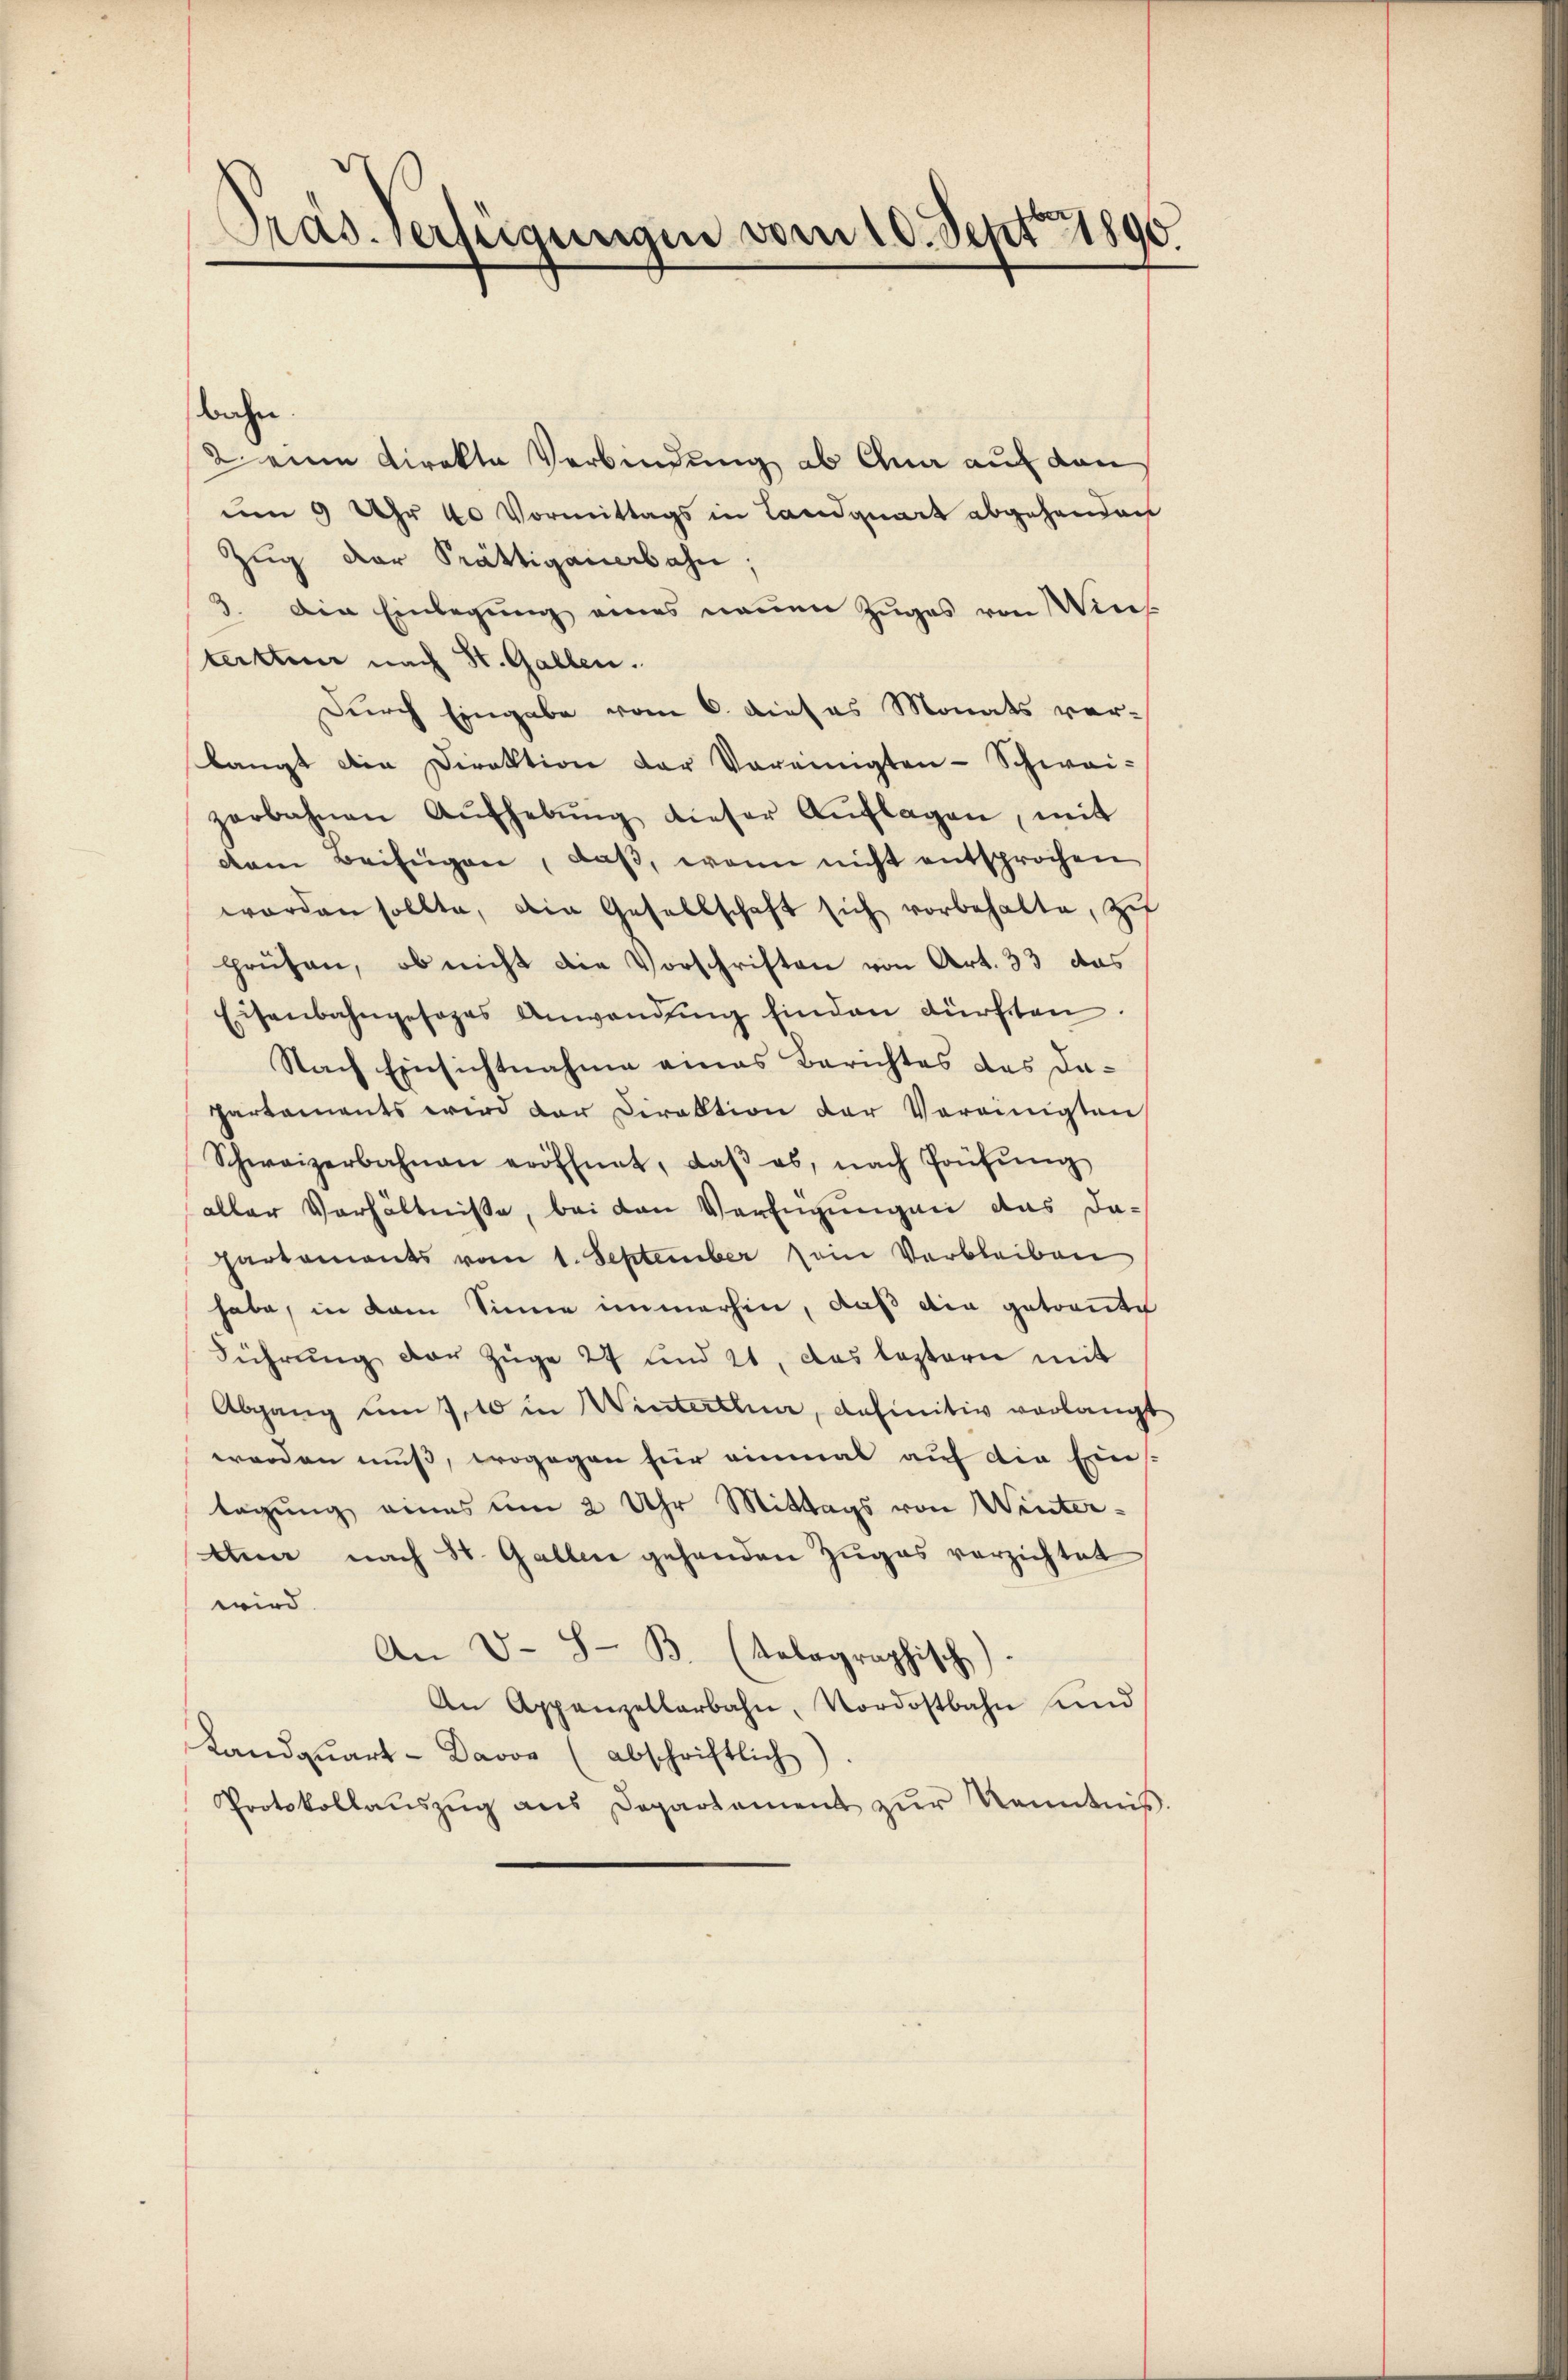
Präs. Verfügungen vom 10. Sept 1890

bahn
2 eine Direkte Verbindung ab Gna auf den
um 9 Uhr 40 Vormittags in Landquart abgehenden
Zŭg der Prättigauerbahn
3. Die Einlegung eines neuen Zuges von Wintersten nach St. Gallen.
Durch Eingabe vom 6. dieses Monats verlangt die Direktion der Vereinigten - Schwai-
zerbahnen Aŭfhebŭng dieser Aŭflagen, mit
dem Beifügen, daß, wenn nicht entsprochen
worden sollte, die Gesellschaft sich vorbehalte, zu
prüfen, ob nicht die Vorschriften von Art. 33 das
Eisenbahngesages Anwendŭng hinden dürften.
Nach Einsichtnahme eines Berichtes des da¬
Partements wird der Direktion der Vereinigten
Schweizerbahnen eröffnet, daβ es, nach Prüfŭng
aller Verhältnisse, bei den Verfügungen das dapartements vom 1. September ein Verbleiben
habe, in dem Sinne immerhin, daß die getraute
Führung der Züge 27 und 21, das leztern mit
Abgang um 7, 10 in Winterthur, definitiv vorlangt
worden muß, wogegen für einmal auf die Ein-
tagung eines um 2 Uhr Mittags von Wintertum nach St. Gallen gehenden Zuges verzichtet
wird.
An V- S- B. (tolographisch)
An Appenzellarbahn, Nordostbahn und
Kandquart - Davon (abschriftlich)
Protokollaŭszŭg ans Departement zŭr Kenntnis